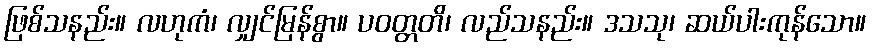
ဖြစ်သနည်း။ လဟုကံ၊ လျှင်မြန်စွာ။ ပဝတ္တတိ၊ လည်သနည်း။ ဒသသု၊ ဆယ်ပါးကုန်သော။